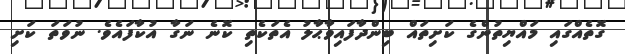
ގޮތެއްގައި މައްޔިތުންގެ ކަށިތައް ބިންދާފައިވާޙާލު އެތަކެތި ކޮނެ ނަގާ އުކާފައެވެ. ނުވަތަ ކަށި